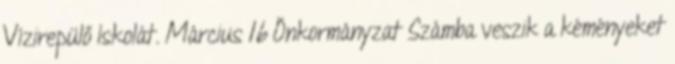
Vízirepülő Iskolát. Március 16 Önkormányzat Számba veszik a kéményeket